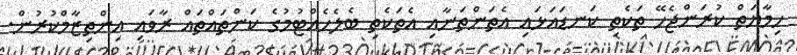
ހިމާޔަތް ކުރަންޖެހޭ ތަކެތި ކަނޑައަޅައި އެތަންތަނާއި އެތަކެތި ބެލެހެއްޓުމުގެ ކަންތައްތައް ރާވައި އިންތިޒާމްކުރުން.